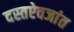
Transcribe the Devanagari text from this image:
दस्तऐवजांत